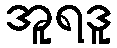
အူရဒူ